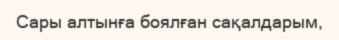
Сары алтынға боялған сақалдарым,